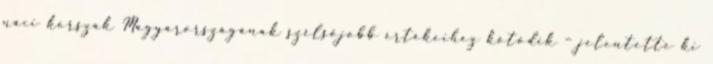
náci korszak Magyarországának szélsőjobb értékeihez kötődik – jelentette ki